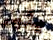
يثير